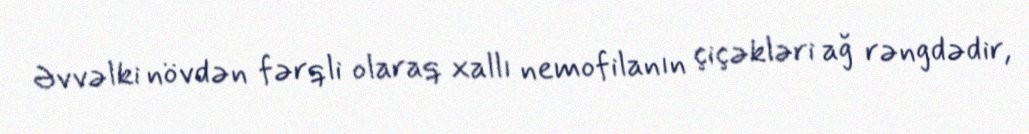
Əvvəlki növdən fərqli olaraq xallı nemofilanın çiçəkləri ağ rəngdədir,